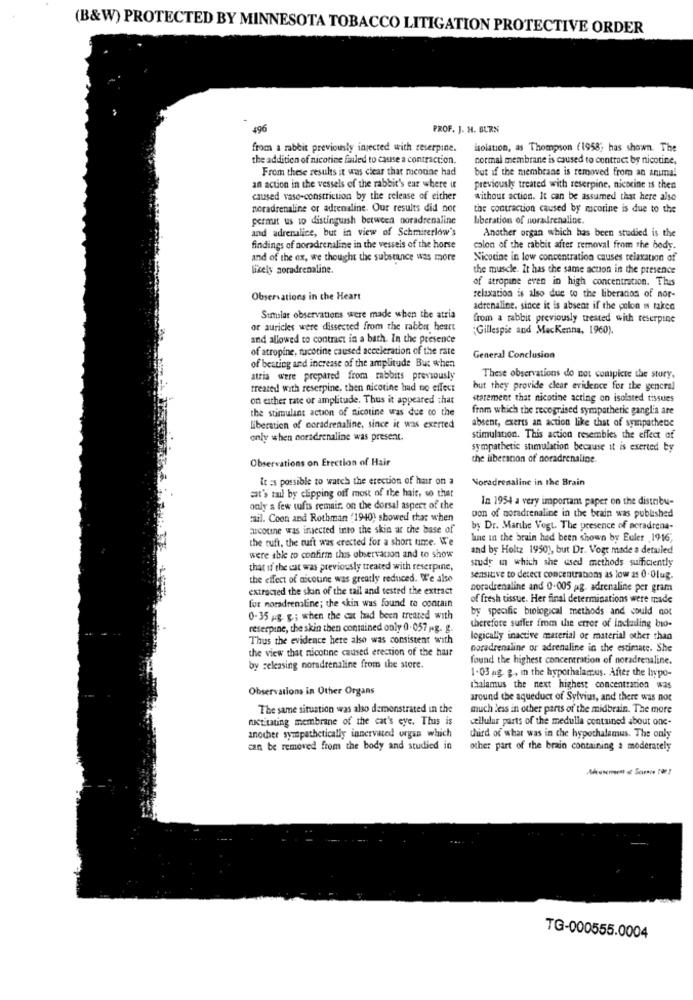
(B&W) PROTECTED BY MINNESOTA TOBACCO LITIGATION PROTECTIVE ORDER
496
PROF. J. H. BURN
from a rabbit previously injected with reserpine.
isolation, as Thompson (1958; has shown. The
the addition of nicotine failed to cause a contraction.
normal membrane is caused to contract by nicotine.
From these results it was clear that mentine had
but if the membrane is removed from an animal
an action in the vessels of the rabbit's ear where u
previously treated with reserpine, nicocine is then
caused vaso-constriction by the release of either
without action. It can be assumed that here also
noradrenaline or adrenaline. Our results did not
the contraction caused by mcorine is due to the
permat us to distinguish between noradrenaline
bberation of noradrenaline.
and adrenaline, but in view of Schmirerlow's
Another organ which has been studied is the
findings of noradrenaline in the vessels of the horse
colon of the rabbit after removal from the body.
and of the ex, we thought the substance was more
Nicotine in low concentration causes relaxation of
likely soradrenaline.
the muscle. It has the same acton in the presence
of atropine even in high concentration. Thuis
relaxation is also due to the liberation of nor-
Observations in the Heart
adrenaline, since it is absent if the colon is taken
Surtalar observations were made when the atria
from a rabbit previously treated with reserpine
or auricles were dissected from the rabbit heart
¿Gillespie and Mackenna, 1960).
and allowed to contract in a bath. In the presence
of atropine, rucotine caused acceleration of the rate
General Conclusion
of besting and increase of the amplitude But when
atria were prepared from rabbits previously
These observations do not complete the story.
treated with resetpine, then nicotine had no effect
but they provide clear evidence for the general
on either rate or amplitude. Thus it appeared that
statement that nicotine acting on isolated tissues
the stimulant action of nicotine was due co the
from which the recognised sympathetic ganglia are
absent, exerts an action like that of sympathetic
liberation of noradrenaline, since it was exerted
only when noradrenaline was present.
stimulation. This action resembles the effect of
sympathetic stimulation because it is exerted by
Observations on Erection of Hair
the liberation of noradrenaline.
it is possible to watch the erection of hair on a
Noradrenaline in the Brain
cat's tal by clipping off most of the hair, so that
In 1954 a very important paper on the distribu-
only a few tufts remair. on the dorsal aspect of the
tail. Coon and Rothman "1940) showed that when
pon of noradrenaline in the brain was published
Fuscoune was injected into the skin at the base of
by Dr. Marthe Vogt. The presence of peradrena-
the tuft, the tuft was erected for a short time. We
hne in the brain had been shown by Euler ,1916,
and by Holtz 1950), but Dr. Vogt made a detailed
were able to confirm this observation and to show
study in which she used methods sufficiently
that if the cat was previously treated with reserpine,
the effect of nicotine was greatly reduced. We also
sensitive to detect concentrations as low as 0.Olug.
extracted the skin of the tail and tested the extract
noradrenaline and 0-005 ag. adrenaline per gram
of fresh tissue. Her final determinations were made
for noradrenaline; the skin was found to contain
by specific biological methods and could not
0.35 Ag &; when the cat had been treated with
reserpine, the skin then contained only 0. 057 p.g. g.
therefore suffer from the error of including bio-
Thus the evidence hete also was consistent with
logically inactive material or material other than
the view that nicotine caused erection of the hair
noradrenaline or adrenaline in the estimate. She
found the highest concentration of noradrenaline.
by seleasing noradrenaline from the store.
1.03 ag. g. in the hypothalamus. After the Inypo-
Observations in Other Organs
thalamus the next highest concentration was
around the aqueduct of Sylvius, and there was not
The same situation was also demonstrated in the
much less in other parts of the midbrain. The more
RKCL'tting membrane of the cat's eye. Thus is
cellulur parts of the medulla contained about one-
another sympathetically innervated organ which
third of what was in the hypothalamus. The only
can be removed from the body and studied in
other part of the brain containing a moderately
TG-000555.0004